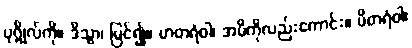
ပုဂ္ဂိုလ်ကို။ ဒိသွာ၊ မြင်၍။ မာတရံဝါ၊ အမိကိုလည်းကောင်း။ ပိတရံဝါ၊